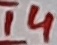
Text: 14